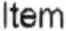
ITEM